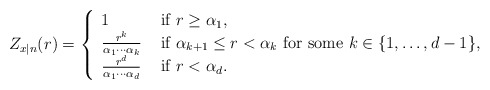
\begin{align*}Z_{x|n}(r)=\left\{\begin{array}{ll}1 & \mbox{ if } r\geq \alpha_1,\\\frac{r^k}{\alpha_1\cdots \alpha_k }& \mbox{ if }\alpha_{k+1}\leq r<\alpha_k \mbox { for some }k\in \{1,\ldots, d-1\},\\\frac{r^d}{\alpha_1\cdots \alpha_d }& \mbox{ if } r<\alpha_d.\end{array}\right.\end{align*}